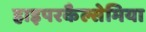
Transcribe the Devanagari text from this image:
हाइपरकैल्सेमिया